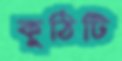
কুঠিটি